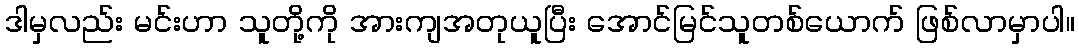
ဒါမှလည်း မင်းဟာ သူတို့ကို အားကျအတုယူပြီး အောင်မြင်သူတစ်ယောက် ဖြစ်လာမှာပါ။